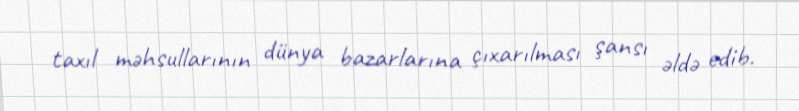
taxıl məhsullarının dünya bazarlarına çıxarılması şansı əldə edib.